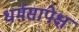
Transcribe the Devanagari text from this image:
धर्मसापेक्ष